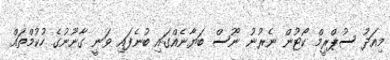
މިއަދު ސުޕްރީމް ކޯޓުން ނެރުނު ނޫސް ބަޔާނެއްގައި ބުނެފައި ވަނީ ގާނޫނުގެ ހުކުމްތައް